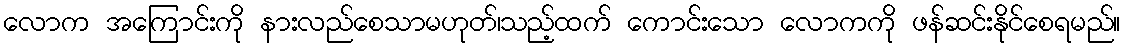
လောက အကြောင်းကို နားလည်စေသာမဟုတ်၊သည့်ထက် ကောင်းသော လောကကို ဖန်ဆင်းနိုင်စေရမည်။